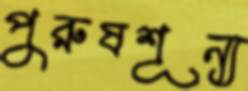
পুরুষশূন্য